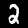
Label: 2